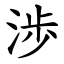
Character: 渉